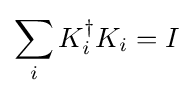
\sum _{i}K_{i}^{\dagger }K_{i}=I